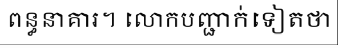
ពន្ធនាគារ។ លោកបញ្ជាក់ទៀតថា